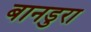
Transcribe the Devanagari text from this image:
बानडुरा